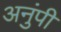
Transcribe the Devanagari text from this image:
अनुंपी